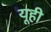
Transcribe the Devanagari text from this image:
यूही